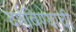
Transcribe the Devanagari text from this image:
दर्शविण्याची